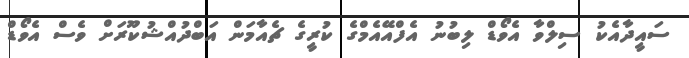
ސައީދާއެކު ސިލްވާ އެވޯޑް ލިބުނު އެފްއޭއެމްގެ ކުރީގެ ޗެއާމަަން އަބްދުއްޝުކޫރަށް ވެސް އެވޯޑް